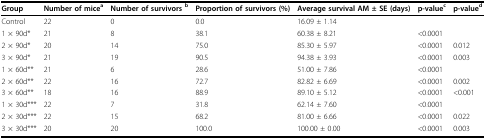
| Group | Number of micea | Number of survivors b | Proportion of survivors (%) | Average survival AM ± SE (days) | p-valuec | p-valued |
 | --- | --- | --- | --- | --- | --- | --- |
 | Control | 22 | 0 | 0.0 | 16.09 ± 1.14 |  |  |
 | 1 × 90d* | 21 | 8 | 38.1 | 60.38 ± 8.21 | <0.0001 |  |
 | 2 × 90d* | 20 | 14 | 75.0 | 85.30 ± 5.97 | <0.0001 | 0.012 |
 | 3 × 90d* | 21 | 19 | 90.5 | 94.38 ± 3.93 | <0.0001 | 0.003 |
 | 1 × 60d** | 21 | 6 | 28.6 | 51.00 ± 7.86 | <0.0001 |  |
 | 2 × 60d** | 22 | 16 | 72.7 | 82.82 ± 6.69 | <0.0001 | 0.002 |
 | 3 × 60d** | 18 | 16 | 88.9 | 89.10 ± 5.12 | <0.0001 | <0.001 |
 | 1 × 30d*** | 22 | 7 | 31.8 | 62.14 ± 7.60 | <0.0001 |  |
 | 2 × 30d*** | 22 | 15 | 68.2 | 81.00 ± 6.66 | <0.0001 | 0.022 |
 | 3 × 30d*** | 20 | 20 | 100.0 | 100.00 ± 0.00 | <0.0001 | 0.003 |